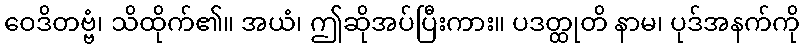
ဝေဒိတဗ္ဗံ၊ သိထိုက်၏။ အယံ၊ ဤဆိုအပ်ပြီးကား။ ပဒတ္ထုတိ နာမ၊ ပုဒ်အနက်ကို